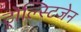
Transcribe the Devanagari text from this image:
ट्रोल्स्टिजेन